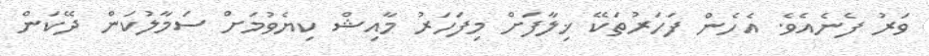
ވަރު ފެނެއެވެ. އެހެން ފަހަރުތަކޭ ޚިލާފަށް މިފަހަރު މާއިޝް ކިޔެވުމަށް ސަމާލުކަން ދޭކަން